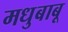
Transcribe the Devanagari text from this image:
मधुबाबू